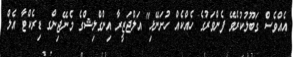
އެއްވެސް ގަބޫލުކުރެވޭ ފެންވަރުގެ ހެއްކެއް ހުށަނޭޅި" އަލްޖަޒީރާ އިންގްލިޝްގެ މެނޭޖިންގ ޑިރެކްޓާ އެލް